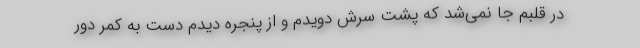
در قلبم جا نمی‌شد که پشت سرش دویدم و از پنجره دیدم دست به کمر دور